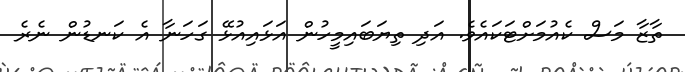
ތާޒާ މަސް ކެއުމަށްޓަކައެވެ. އަދި ތިޔަބައިމީހުން އަޅައިއުޅޭ ގަހަނާ އެ ކަނޑުން ނެރެ